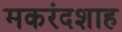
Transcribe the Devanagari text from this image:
मकरंदशाह